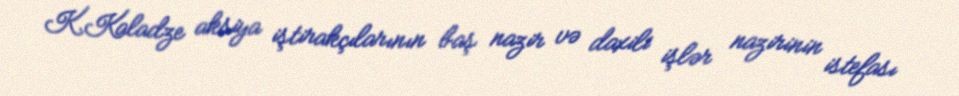
K.Kaladze aksiya iştirakçılarının baş nazir və daxili işlər nazirinin istefası